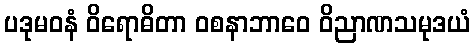
ပဒုမဝနံ ဝိရောဓိတာ ဝစနာဘာဝေ ဝိညာဏသမုဒယံ